Lunatic asylums United Provinces 1899-1908 - 1899-1908
Year: 1899
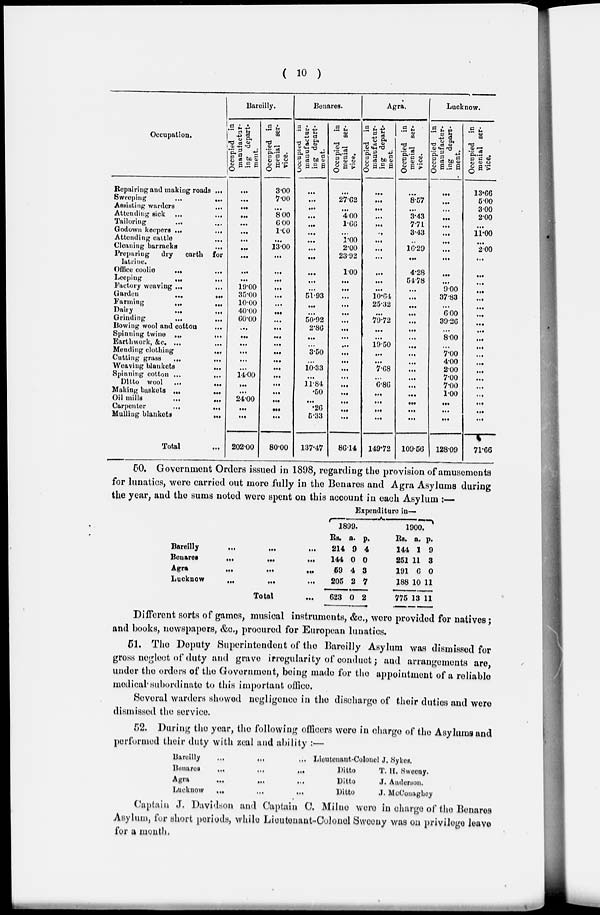
( 10 )
Occupation.
Repairing and making roads ...
Sweeping
...
...
Assisting warders ...
Attending
sick
...
...
Tailoring
...
...
Godown keepers
...
Attending entitle ...
Cleaning barracks
...
Preparing
dry
earth for
latrine.
Office
coolie
...
...
Leeping
...
...
Factory weaving ... ...
Garden
...
...
Farming ... ...
Dairy
...
...
Grinding
...
...
Bowing wool and cotton ...
Spinning
twine
...
...
Earthwork, &c.
...
...
Mending clothing
...
Cutting grass ... ...
Weaving blankets
...
Spinning cotton
...
...
Ditto wool
...
...
Making baskets
...
...
Oil mills
...
...
Carpenter
...
...
Mulling blankets
...
Total ...
Bareilly.
Occupied in
manufactur-
ing depart-
ment.
...
...
...
...
...
...
...
...
...
...
...
19.00
35.00
10.00
40.00
60.00
...
...
...
...
...
...
14.00
...
...
24.00
...
...
202.00
Occupied in
menial ser-
vice.
3.00
7.00
...
8.00
6.00
1.60
...
13.00
...
...
...
...
...
...
...
...
...
...
...
...
...
...
...
...
...
...
...
...
80.0
Benares.
Occupied
in
manufactur-
ing depart-
ment.
...
...
...
...
...
...
...
...
...
...
...
...
51.93
...
...
50.92
2.86
...
...
3.50
...
10.33
...
11.84
.50
...
.26
5.33
137.47
Occupied in
menial ser-
vice.
...
27.62
...
4.00
1.66
...
1.00
2.00
23.92
1.00
...
...
...
...
...
...
...
...
...
...
...
...
...
...
...
...
...
...
86.14
Agra.
Occupied in
manufactur-
ing depart-
ment.
...
...
...
...
...
...
...
...
...
...
...
...
10.64
25.32
...
79.72
...
...
19.50
...
...
7.68
...
6.86
...
...
...
...
149.72
Occupied in
menial ser-
vice.
...
8.57
...
3.43
7.71
3.43
...
16.29
...
4.28
54.78
...
...
...
...
...
...
...
...
...
...
...
...
...
...
...
...
...
109.56
Lucknow.
Occupied in
manufactur-
ing depart-
ment.
...
...
...
...
...
...
...
...
...
...
...
9.00
37.83
...
6.00
39.26
...
8.00
...
7.00
4.00
2.00
7.00
7.00
1.00
...
...
...
128.09
Occupied in
menial ser-
vice.
13.66
5.00
3.00
2.00
...
11.00
...
2.00
...
...
...
...
...
...
...
...
...
...
...
...
...
...
...
...
...
...
...
...
71.66
50. Government Orders issued in 1898, regarding the provision of amusements
for lunatics, were carried out more fully in the Benares and Agra Asylums during
the year, and the sums noted were spent on this account in each Asylum :—
Bareilly
...
...
...
Benares
...
...
...
Agra
...
...
...
Lucknow
...
...
Total
Expenditure in—
1899.
Rs.
214
144
59
205
623
a.
9
0
4
2
0
p.
4
0
3
7
2
1900.
Rs.
144
251
191
188
775
a.
1
11
6
10
13
p.
9
3
0
11
11
Different sorts of games, musical instruments, &c, were provided for natives;
and books, newspapers, &c, procured for European lunatics.
51. The Deputy Superintendent of the Bareilly Asylum was dismissed for
gross neglect of duty and grave irregularity of conduct; and arrangements are,
under the orders of the Government, being made for the appointment of a reliable
medical' subordinate to this important office.
Several warders showed negligence in the discharge of their duties and were
dismissed the service.
52. During the year, the following officers were in charge of the Asylums and
performed their duty with zeal and ability :—
Bareilly
...
...
Bonares
...
...
...
Agra
...
...
...
Lucknow
...
...
...
Lieutenant-Colonel J. Sykes.
Ditto
T. H. Sweeny.
Ditto
J. Anderson.
Ditto
J. McConagbey
Captain J. Davidson and Captain C. Milne were in charge of the Benares
Asylum, for short periods, while Lieutenant-Colonel Sweeny was on privilege leave
for a month.